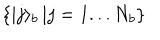
LaTeX: \left\{ | j \rangle _ { b } \right. \left| j = 1 . . . N _ { b } \right\}